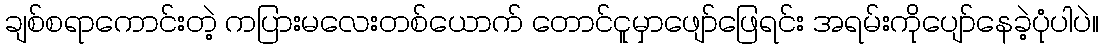
ချစ်စရာကောင်းတဲ့ ကပြားမလေးတစ်ယောက် တောင်ငူမှာဖျော်ဖြေရင်း အရမ်းကိုပျော်နေခဲ့ပုံပါပဲ။